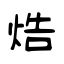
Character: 焅